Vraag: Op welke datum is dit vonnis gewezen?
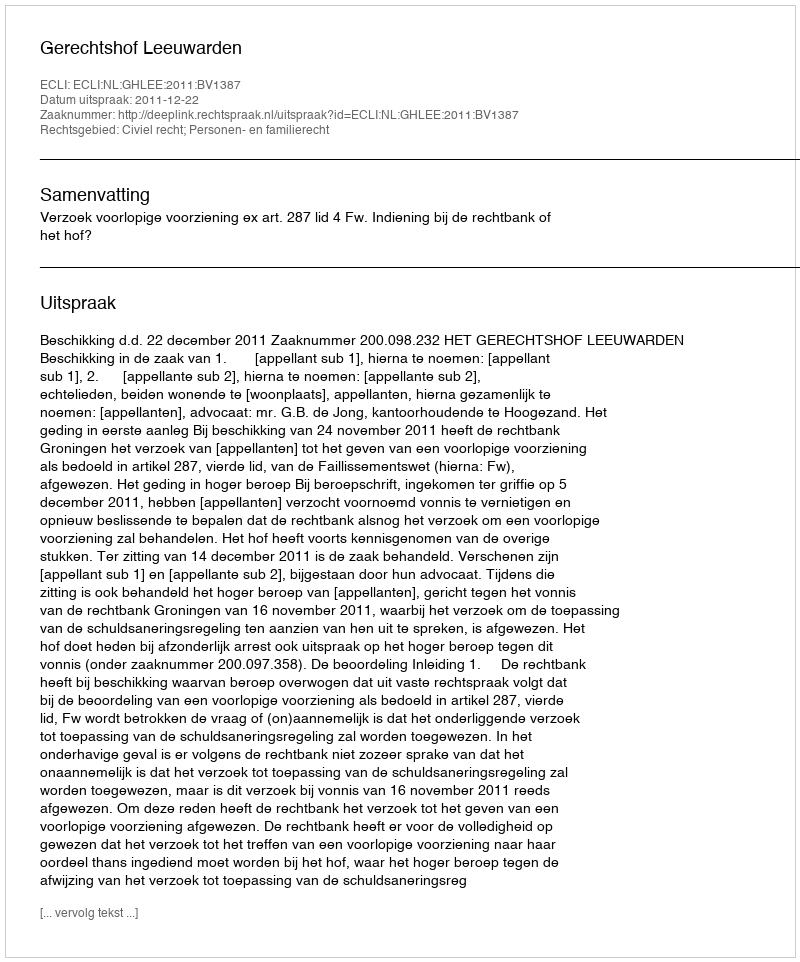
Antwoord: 2011-12-22